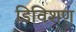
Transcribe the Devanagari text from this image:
डिविशण